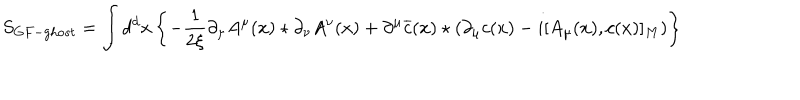
S _ { G F - g h o s t } = \int d ^ { d } x \left\{ - \frac { 1 } { 2 \xi } \partial _ { \mu } A ^ { \mu } ( x ) \star \partial _ { \nu } A ^ { \nu } ( x ) + \partial ^ { \mu } \overline { { { c } } } ( x ) \star \left( \partial _ { \mu } c ( x ) - i [ A _ { \mu } ( x ) , c ( x ) ] _ { M } \right) \right\}